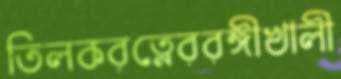
তিলকরত্নেররঙ্গীখালী